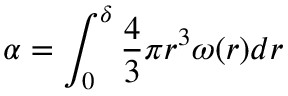
\alpha = \int _ { 0 } ^ { \delta } \frac { 4 } { 3 } \pi r ^ { 3 } \omega ( r ) d r